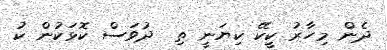
ދެން މިހާރު ކީކޭ ކިޔަނީ ތި  ދުވަސް ކޮޅަކުން ކު